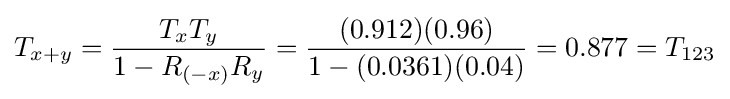
T_{x+y}={\frac {T_{x}T_{y}}{1-R_{(-x)}R_{y}}}={\frac {(0.912)(0.96)}{1-(0.0361)(0.04)}}=0.877=T_{123}